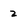
Character: 2